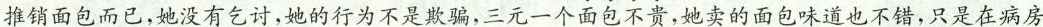
推销面包而已，她没有乞讨，她的行为不是欺骗，三元一个面包不贵，她卖的面包味道也不错，只是在病房